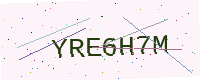
Text: YRE6H7M